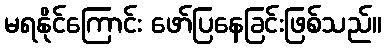
မရနိုင်ကြောင်း ဖော်ပြနေခြင်းဖြစ်သည်။